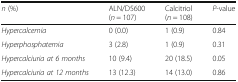
| n (%) | ALN/D5600 (n = 107) | Calcitriol (n = 108) | P-value |
 | --- | --- | --- | --- |
 | Hypercalcemia | 0 (0.0) | 1 (0.9) | 0.84 |
 | Hyperphosphatemia | 3 (2.8) | 1 (0.9) | 0.31 |
 | Hypercalciuria at 6 months | 10 (9.4) | 20 (18.5) | 0.05 |
 | Hypercalciuria at 12 months | 13 (12.3) | 14 (13.0) | 0.86 |